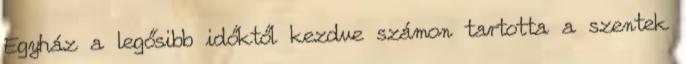
Egyház a legősibb időktől kezdve számon tartotta a szentek